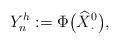
LaTeX: \begin{align*} Y^h_n:= \Phi\bigl(\widehat{X}{}^0_{\cdot}\bigr),\end{align*}